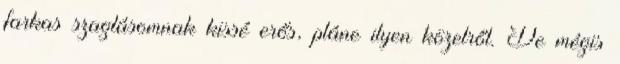
farkas szaglásomnak kissé erős, pláne ilyen közelről. De mégis